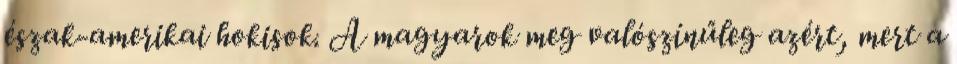
észak-amerikai hokisok. A magyarok meg valószínűleg azért, mert a